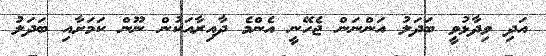
އަދި ވިދާޅުވީ ބަދަލު އަންނަން ޖެހޭނީ އެންމެ ދާއިރާއަކުން ނޫން ކަމަށާއި ބަދަލު